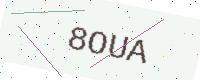
Text: 8OUA